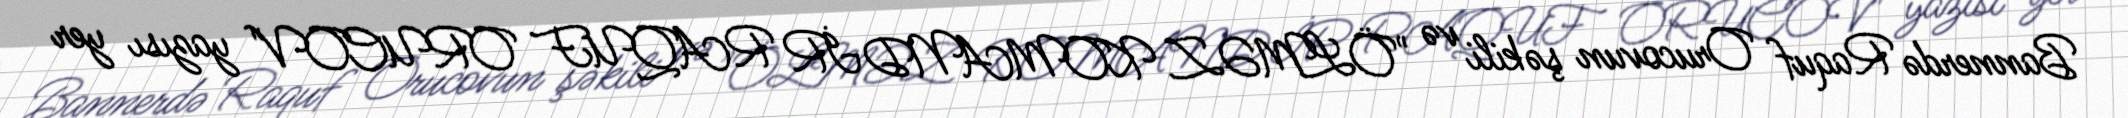
Bannerdə Raquf Orucovun şəkili və "ÖLMƏZ KOMANDİR RAQUF ORUCOV" yazısı yer